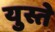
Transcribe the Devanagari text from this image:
युस्ते